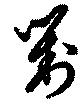
對